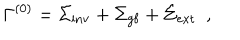
LaTeX: \Gamma ^ { ( 0 ) } = \Sigma _ { \mathrm { i n v } } + \Sigma _ { \mathrm { g f } } + \Sigma _ { \mathrm { e x t } } ~ ~ ,